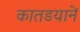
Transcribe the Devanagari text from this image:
कातडयानें